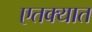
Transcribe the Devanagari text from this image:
एतक्यात